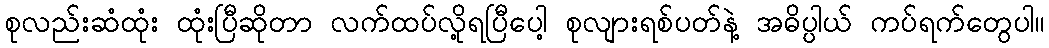
စုလည်းဆံထုံး ထုံးပြီဆိုတာ လက်ထပ်လို့ရပြီပေါ့ စုလျားရစ်ပတ်နဲ့ အဓိပ္ပါယ် ကပ်ရက်တွေပါ။